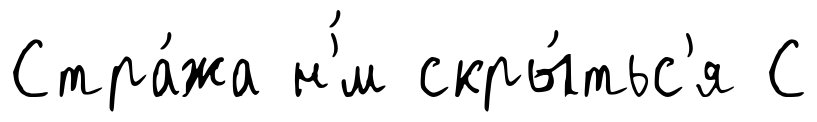
Стра́жа н'́м скры́тьс'я С